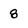
Character: 8